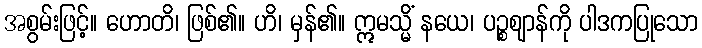
အစွမ်းဖြင့်။ ဟောတိ၊ ဖြစ်၏။ ဟိ၊ မှန်၏။ ဣမသ္မိံ နယေ၊ ပဉ္စဈာန်ကို ပါဒကပြုသော